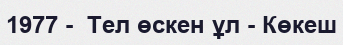
1977 -  Тел өскен ұл - Көкеш